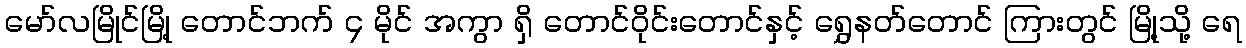
မော်လမြိုင်မြို့ တောင်ဘက် ၄ မိုင် အကွာ ရှိ တောင်ဝိုင်းတောင်နှင့် ရွှေနတ်တောင် ကြားတွင် မြို့သို့ ရေ